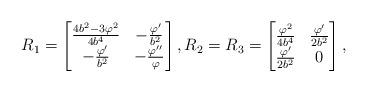
LaTeX: \begin{align*} R_1 = \begin{bmatrix} \frac{4b^2 - 3\varphi^2}{4b^4} & -\frac{\varphi'}{b^2} \\ -\frac{\varphi'}{b^2} & -\frac{\varphi''}{\varphi} \end{bmatrix}, R_2 = R_3 = \begin{bmatrix} \frac{\varphi^2}{4b^4} & \frac{\varphi'}{2b^2} \\ \frac{\varphi'}{2b^2} & 0 \end{bmatrix}, \end{align*}